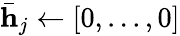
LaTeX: \bar{\textbf{h}}_{j}\leftarrow[0,...,0]